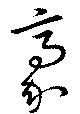
豪